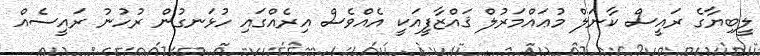
ލީބިޔާގެ ރައީސް ކާނަލް މުޢައްމަރުލް ޤައްޒާފީއަކީ އެއްވެސް އިރެއްގައި ހުޅަނގުން ރުހުނު ރައީސެއް